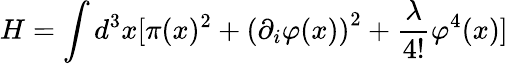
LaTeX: H=\int d^{3}x[\pi(x)^{2}+\left(\partial_{i}\varphi(x)\right)^{2}+{\frac{\lambda}{4!}}\varphi^{4}(x)]